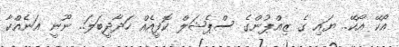
އޯކޭ އޯކޭ.. ޔައި ގެ ޒިއްޕުންގެ ސްޕެޝަލް ކޮފީއެއް ހަދާދީބަލަ.. ނޫނީ އަނެއްކާ